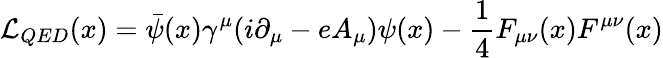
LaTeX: {\cal{L}}_{QED}(x)=\bar{\psi}(x)\gamma^{\mu}(i\partial_{\mu}-eA_{\mu})\psi(x)-\frac{1}{4}F_{\mu\nu}(x)F^{\mu\nu}(x)